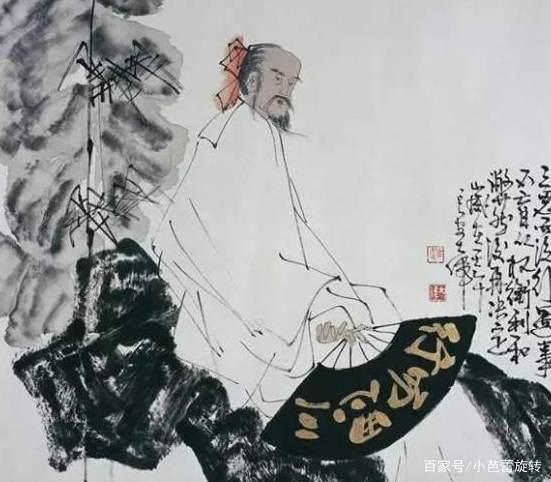
不孝有三，无后为大。